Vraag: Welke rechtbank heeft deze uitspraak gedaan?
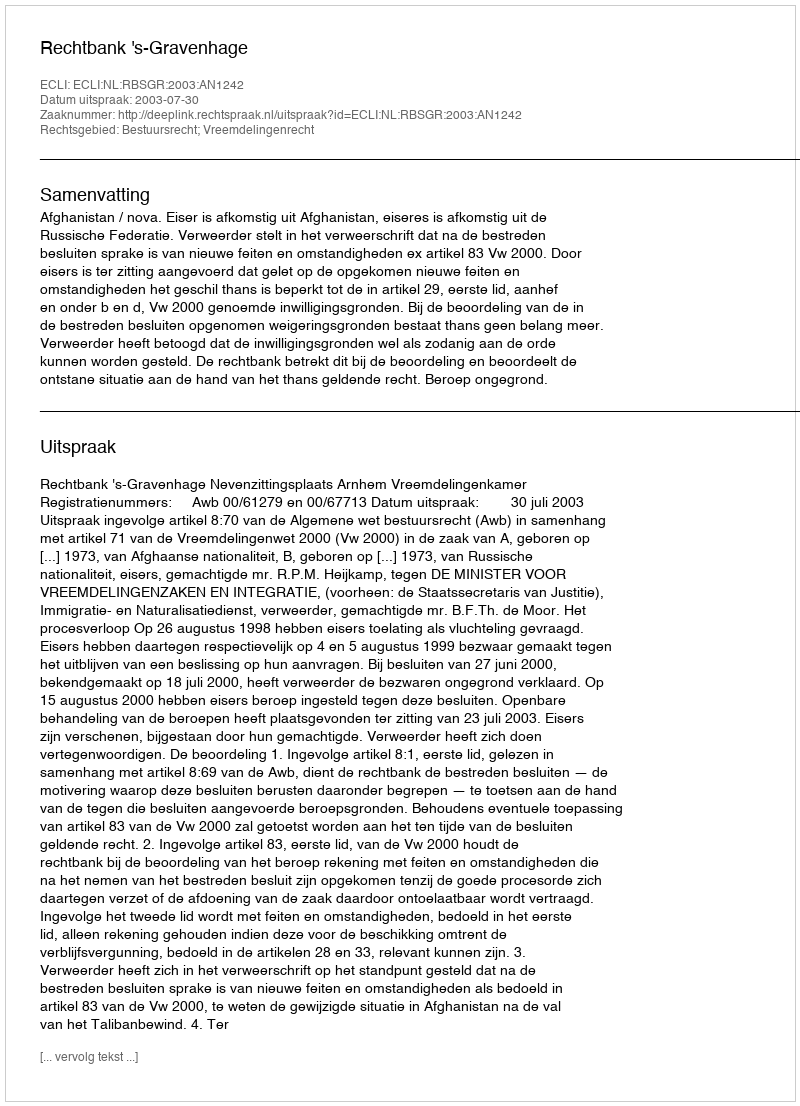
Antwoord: Rechtbank 's-Gravenhage